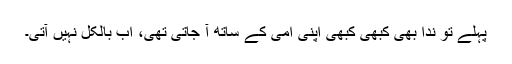
پہلے تو ندا بھی کبھی کبھی اپنی امی کے ساتھ آ جاتی تھی، اب بالکل نہیں آتی۔